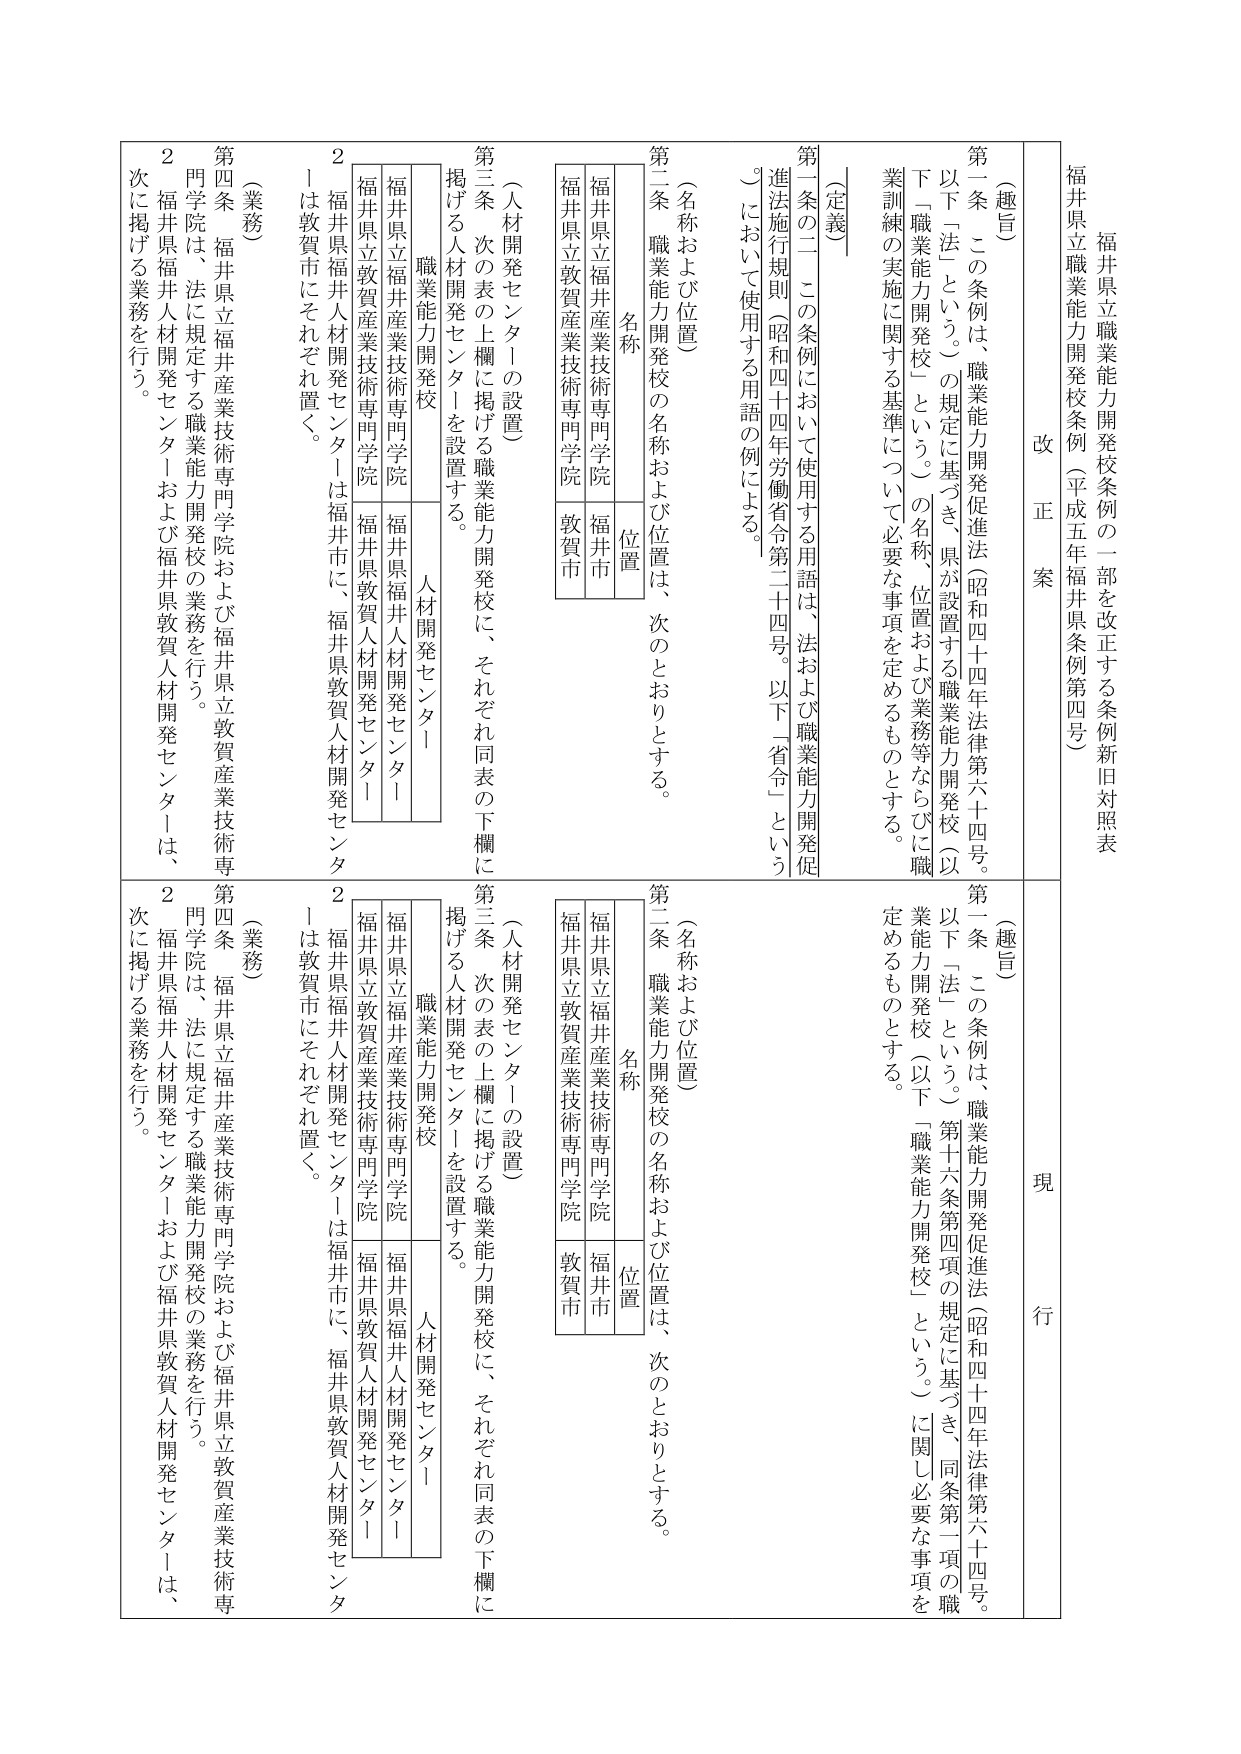
福井県立職業能力開発校条例の一部を改正する条例新旧対照表
福井県立職業能力開発校条例（平成五年福井県条例第四号）

改 正 案

（趣旨）
第一条 この条例は、職業能力開発促進法（昭和四十四年法律第六十四号。以下「法」という。）の規定に基づき、県が設置する職業能力開発校（以下「職業能力開発校」という。）の名称、位置および業務等ならびに職業訓練の実施に関する基準について必要な事項を定めるものとする。

（定義）
第一条の二 この条例において使用する用語は、法および職業能力開発促進法施行規則（昭和四十四年労働省令第二十四号。以下「省令」という。）において使用する用語の例による。

（名称および位置）
第二条 職業能力開発校の名称および位置は、次のとおりとする。

| 名称 | 位置 |
|------|------|
| 福井県立福井産業技術専門学院 | 福井市 |
| 福井県立敦賀産業技術専門学院 | 敦賀市 |

（人材開発センターの設置）
第三条 次の表の上欄に掲げる職業能力開発校に、それぞれ同表の下欄に掲げる人材開発センターを設置する。

| 職業能力開発校 | 人材開発センター |
|------------------|------------------|
| 福井県立福井産業技術専門学院 | 福井県福井人材開発センター |
| 福井県立敦賀産業技術専門学院 | 福井県敦賀人材開発センター |

2 福井県福井人材開発センターは福井市に、福井県敦賀人材開発センターは敦賀市にそれぞれ置く。

（業務）
第四条 福井県立福井産業技術専門学院および福井県立敦賀産業技術専門学院は、法に規定する職業能力開発校の業務を行う。
2 福井県福井人材開発センターおよび福井県敦賀人材開発センターは、次に掲げる業務を行う。

現 行

（趣旨）
第一条 この条例は、職業能力開発促進法（昭和四十四年法律第六十四号。以下「法」という。）第十六条第四項の規定に基づき、同条第一項の職業能力開発校（以下「職業能力開発校」という。）に関して必要な事項を定めるものとする。

（名称および位置）
第二条 職業能力開発校の名称および位置は、次のとおりとする。

| 名称 | 位置 |
|------|------|
| 福井県立福井産業技術専門学院 | 福井市 |
| 福井県立敦賀産業技術専門学院 | 敦賀市 |

（人材開発センターの設置）
第三条 次の表の上欄に掲げる職業能力開発校に、それぞれ同表の下欄に掲げる人材開発センターを設置する。

| 職業能力開発校 | 人材開発センター |
|------------------|------------------|
| 福井県立福井産業技術専門学院 | 福井県福井人材開発センター |
| 福井県立敦賀産業技術専門学院 | 福井県敦賀人材開発センター |

2 福井県福井人材開発センターは福井市に、福井県敦賀人材開発センターは敦賀市にそれぞれ置く。

（業務）
第四条 福井県立福井産業技術専門学院および福井県立敦賀産業技術専門学院は、法に規定する職業能力開発校の業務を行う。
2 福井県福井人材開発センターおよび福井県敦賀人材開発センターは、次に掲げる業務を行う。